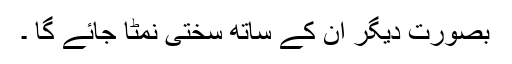
بصورت دیگر ان کے ساتھ سختی نمٹا جائے گا ۔